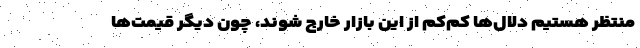
منتظر هستیم دلال‌ها کم‌کم از این بازار خارج شوند، چون دیگر قیمت‌ها